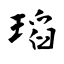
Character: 瑫